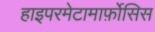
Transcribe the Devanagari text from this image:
हाइपरमेटामार्फ़ोसिस